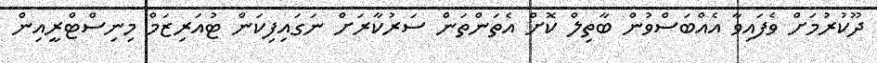
ދޫކުރުމަށް ވެފައިވާ އެއްބަސްވުން ބާތިލް ކޮށް އެތަންތަން ސަރުކާރަށް ނަގައިފިކަން ޓުއަރިޒަމް މިނިސްޓްރީއިން